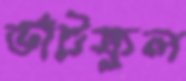
ভাঁটফুল